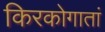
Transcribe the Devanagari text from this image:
किरकोगातां